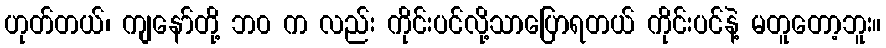
ဟုတ်တယ်၊ ကျနော်တို့ ဘ၀ က လည်း ကိုင်းပင်လို့သာပြောရတယ် ကိုင်းပင်နဲ့ မတူတော့ဘူး။